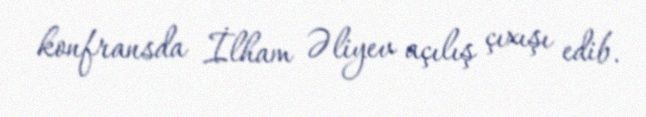
konfransda İlham Əliyev açılış çıxışı edib.